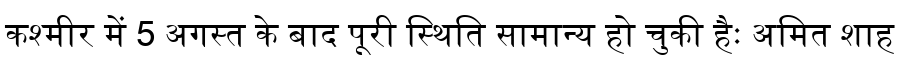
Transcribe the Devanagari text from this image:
कश्मीर में 5 अगस्त के बाद पूरी स्थिति सामान्य हो चुकी हैः अमित शाह